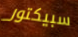
سبيكتور